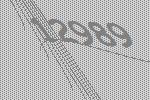
12989